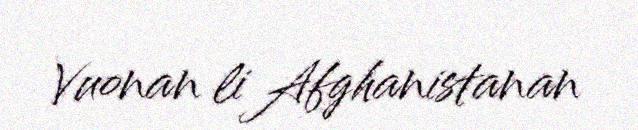
Vuonan li Afghanistanan